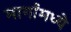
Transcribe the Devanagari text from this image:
मार्गांमध्ये